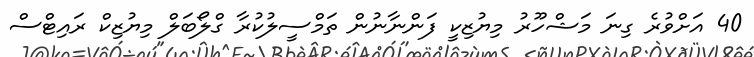
40 އަށްވުރެ ގިނަ މަޝްހޫރު މިޔުޒިކީ ފަންނާނުން ތަމްސީލުކުރާ ގްލޯބަލް މިޔުޒިކް ރައިޓްސް